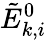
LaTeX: \tilde{E}_{k,i}^{0}